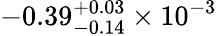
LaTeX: -0.39_{-0.14}^{+0.03}\times 10^{-3}